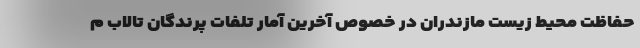
حفاظت محیط زیست مازندران در خصوص آخرین آمار تلفات پرندگان تالاب م